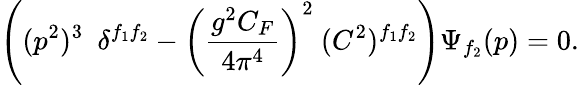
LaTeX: \left((p^{2})^{3}\ \ \delta^{f_{1}f_{2}}-\left(\frac{g^{2}C_{F}}{4\pi^{4}}\right)^{2}\ (C^{2})^{f_{1}f_{2}}\right)\Psi_{f_{2}}(p)=0.